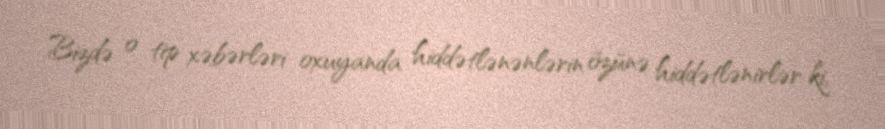
Bizdə o tip xəbərləri oxuyanda hiddətlənənlərin özünə hiddətlənirlər ki,